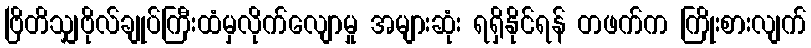
ဗြိတိသျှဗိုလ်ချုပ်ကြီးထံမှလိုက်လျောမှု အများဆုံး ရရှိနိုင်ရန် တဖက်က ကြိုးစားလျက်